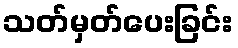
သတ်မှတ်ပေးခြင်း